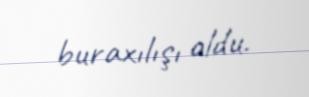
buraxılışı oldu.